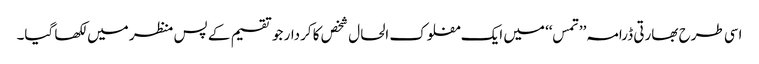
اسی طرح بھارتی ڈرامہ’’ تمس‘‘ میں ایک مفلوک الحال شخص کا کردار جو تقسیم کے پس منظر میں لکھا گیا۔